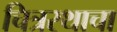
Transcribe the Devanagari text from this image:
चित्ररथाचा